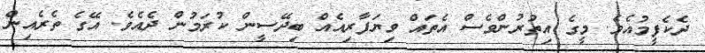
ދެކެފީމުއެވެ. މީގެ އިތުރުންވެސް އެތައް ވިޔަފާރިއެއް ބިދޭސީން ކުރަމުން ދެއެވެ. އޭގެ ތެރެއިން